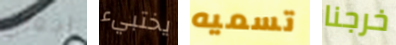
اجعلي يختبيء تسميه خرجنا